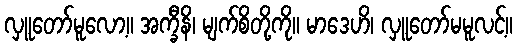
လှူတော်မူလော့။ အက္ခီနိ၊ မျက်စိတို့ကို။ မာဒေဟိ၊ လှူတော်မမူလင့်။